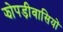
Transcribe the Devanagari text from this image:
झोपड़ीवासियों